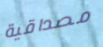
مصداقية